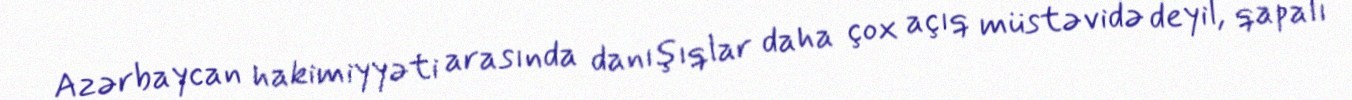
Azərbaycan hakimiyyəti arasında danışıqlar daha çox açıq müstəvidə deyil, qapalı